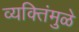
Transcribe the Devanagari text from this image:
व्यक्तिंमुळे